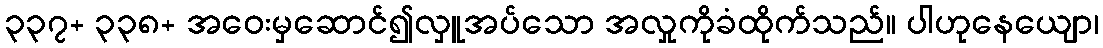
၃၃၇+ ၃၃၈+ အဝေးမှဆောင်၍လှူအပ်သော အလှုကိုခံထိုက်သည်။ ပါဟုနေယျော၊